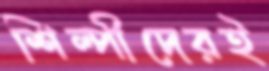
শিল্পীদেরই